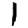
Digit: 1